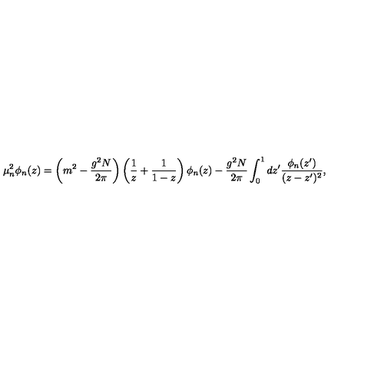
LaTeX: \mu _ { n } ^ { 2 } \phi _ { n } ( z ) = \left( m ^ { 2 } - \frac { g ^ { 2 } N } { 2 \pi } \right) \left( \frac { 1 } { z } + \frac { 1 } { 1 - z } \right) \phi _ { n } ( z ) - \frac { g ^ { 2 } N } { 2 \pi } \int _ { 0 } ^ { 1 } d z ^ { \prime } \frac { \phi _ { n } ( z ^ { \prime } ) } { ( z - z ^ { \prime } ) ^ { 2 } } ,